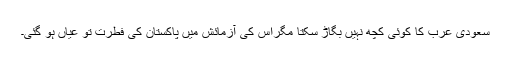
سعودی عرب کا کوئی کچھ نہیں بگاڑ سکتا مگراس کی آزمائش میں پاکستان کی فطرت تو عیاں ہو گئی۔